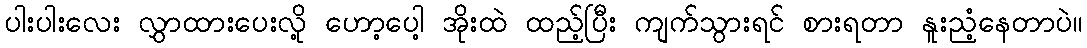
ပါးပါးလေး လွှာထားပေးလို့ ဟော့ပေါ့ အိုးထဲ ထည့်ပြီး ကျက်သွားရင် စားရတာ နူးညံ့နေတာပဲ။